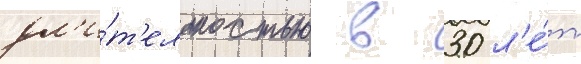
дл'и́т'ельностью в 30 л'е́т